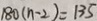
1 8 0 ( n - 2 ) = 1 3 5